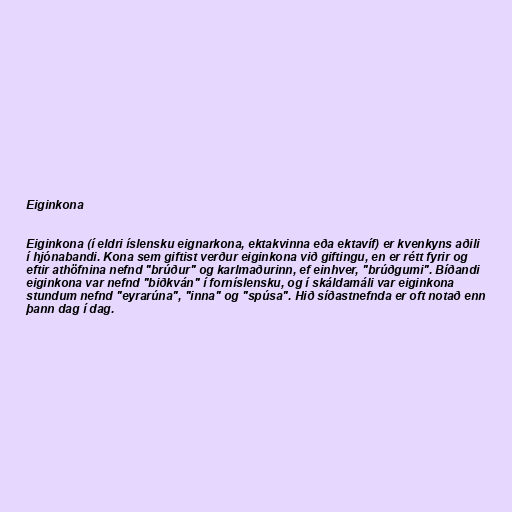
Eiginkona

Eiginkona (í eldri íslensku eignarkona, ektakvinna eða ektavíf) er kvenkyns aðili
í hjónabandi. Kona sem giftist verður eiginkona við giftingu, en er rétt fyrir og
eftir athöfnina nefnd "brúður" og karlmaðurinn, ef einhver, "brúðgumi". Bíðandi
eiginkona var nefnd "biðkván" í forníslensku, og í skáldamáli var eiginkona
stundum nefnd "eyrarúna", "inna" og "spúsa". Hið síðastnefnda er oft notað enn
þann dag í dag.